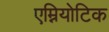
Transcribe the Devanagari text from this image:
एम्नियोटिक